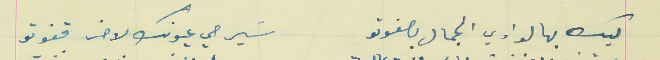
ليك بهالوادي الجمال بصفوتو                                    سَيرحي عيونك لاخر قفوتو